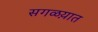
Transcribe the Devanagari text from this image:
सगळय़ात